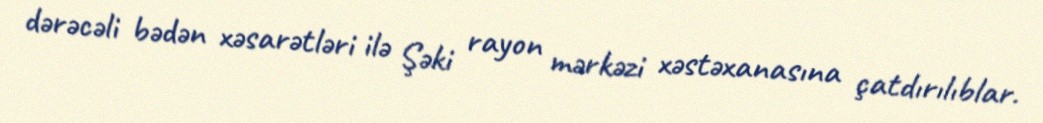
dərəcəli bədən xəsarətləri ilə Şəki rayon mərkəzi xəstəxanasına çatdırılıblar.